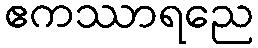
ဧကဿာရညေ